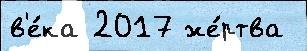
в'е́ка 2017 же́ртва